Lunatic asylums in Bengal annual reports 1888-1898 - 1888-1898
Year: 1888
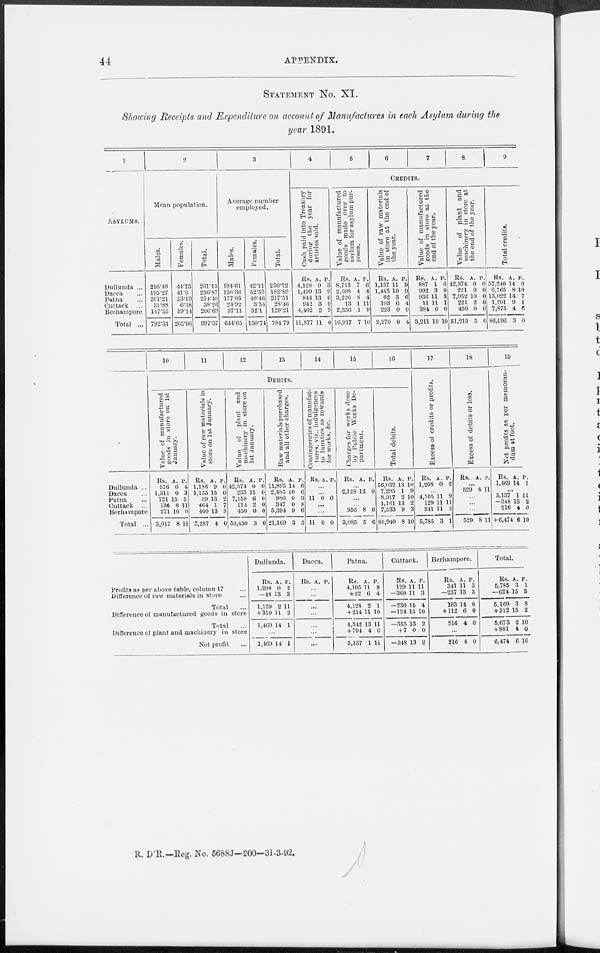
44
APPENDIX.
STATEMENT No. XI.
Showing Receipts and Expenditure on account of Manufactures in each Asylum during the
year 1891.
1
ASYLUMS.
Dullunda ...
Dacca ...
Patna ...
Cuttack
...
Berhampore
Total ...
2
Mean population.
Males.
216.40
195.27
201.21
31.88
147.55
792.31
Females.
44.75
41.6
53.19
6.38
59.14
205.06
Total.
261.15
236.87
254.40
38.26
206.69
997.37
3
Average number
employed.
Males.
194.61
150.36
177.05
24.92
97.11
644.05
Females.
42.11
32.53
40.46
3.54
32.1
150.74
Total.
236.72
182.89
217.51
28.46
129.21
794.79
4
5
6
7
8
9
CREDITS.
Cash paid into Treasury
during the year for
articles sold.
Rs.
4,128
1,499
844
942
4,462
11,877
A.
9
13
13
3
2
11
P.
3
9
6
9
9
0
Value of manufactured
goods made over to
asylum for asylum pur-
poses.
Rs.
8,713
2,608
3,226
13
2,356
16,917
A.
7
4
8
1
1
7
P.
6
4
4
11
9
10
Value of raw materials
in store at the end of
the year.
Rs.
1,137
1,443
62
103
223
2,970
A.
11
10
3
6
0
0
P.
9
9
6
4
0
4
Value of manufactured
goods in store at the
end of the year.
Rs.
887
992
936
11
384
3,211
A.
1
3
11
11
0
10
P.
6
0
3
1
0
10
Value of plant and
machinery in store at
the end of the year.
Rs.
42,374
221
7,952
221
450
51,219
A.
0
9
10
2
0
5
P.
0
0
0
0
0
0
Total credits.
Rs.
57,240
6,765
13,022
1,291
7,875
86,196
A.
14
8
14
9
4
3
P.
0
10
7
1
6
0
Dullunda ...
Dacca ...
Patna ...
Cuttack ...
Berhampore
Total ...
10
11
12
13
14
15
16
DEBITS.
Value of manufactured
goods in store on 1st
January.
Rs.
576
1,311
721
136
271
3,017
A.
6
0
15
8
10
8
P.
4
3
5
11
0
11
Value of raw materials in
store on 1st January.
Rs.
1,186
1,135
39
464
460
3,287
A.
9
15
13
1
13
4
P.
0
0
2
7
3
0
Value of plant and
machinery in store on
1st January.
Rs.
42,374
233
7,158
214
450
50,430
A.
0
11
6
2
0
3
P.
0
0
0
0
0
0
Raw materials purchased
and all other charges.
Rs.
11,895
2,485
986
347
5,394
21,109
A.
14
10
0
0
9
3
P.
6
6
3
8
6
5
Contingencies of manufac-
tures, viz., indulgences
to lunatics as rewards
for works, &c.
Rs. A. P.
...
...
11 0 0
...
...
11 0 0
Charges for works done
by Public Works De-
partment.
Rs. A. P.
...
2,128 13 0
...
...
956
3,085
8
5
6
6
Total debits.
Rs.
56,032
7,295
8,917
1,161
7,533
80,940
A.
13
1
2
13
9
8
P.
10
9
10
2
3
10
17
Excess of credits or profits.
Rs.
1,208
A.
0
P.
2
...
4,105
129
341
5,785
11
11
11
3
9
11
3
1
18
Excess of debits or loss.
Rs. A. P.
...
529 8 11
...
...
...
529 8 11
19
Net profits as per memoran-
dum at foot.
Rs.
1,469
A.
14
P.
1
...
5,137
—348
216
+6,474
1
13
4
6
11
2
0
10
Profits as per above table, column 17 ...
Difference of raw materials in store ...
Total ...
Difference of manufactured goods in store
Total ...
Difference of plant and machinery in store
Net profit ...
Dullunda.
Rs.
1,208
—48
1,159
+ 310
1,469
A.
0
13
2
11
14
P.
2
3
11
2
1
...
1,469 14 1
Dacca.
Rs. A. P.
...
...
...
...
...
...
...
Patna.
Rs.
4,105
+ 22
4,128
+ 214
4,342
+794
5,137
A.
11
6
2
11
13
4
1
P.
9
4
1
10
11
0
11
Cuttack.
Rs.
129
—360
—230
—124
—355
+7
—348
A.
11
11
15
13
13
0
13
P.
11
3
4
10
2
0
2
Berhampore.
Rs.
341
—237
103
+112
216
A.
11
13
14
6
4
P.
3
3
0
0
0
...
216 4 0
Total.
Rs.
5,785
—624
5,160
+512
5,673
+801
6,474
A.
3
15
3
15
2
4
6
P.
1
5
8
2
10
0
10
R. D'R.—Reg. No. 5688J—200—31-3-92.